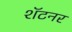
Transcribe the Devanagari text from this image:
शॅटनर